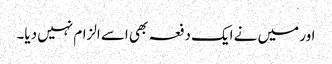
اور میں نے ایک دفعہ بھی اسے الزام نہیں دیا۔